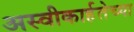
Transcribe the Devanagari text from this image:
अस्वीकार्हतेच्या